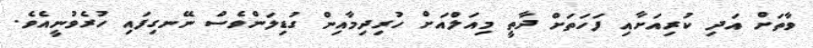
ވާތަށް އަދި ކުރިއަށާއި ފަހަތަށް ދާތީ މިއަލްއަށް ހުރިދިމާއިން ގުޑިލަންވެސް ނޭނގިފައި ހުރެވުނީއެވެ.